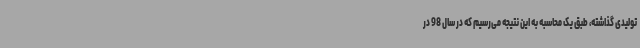
تولیدی گذاشته، طبق یک محاسبه به این نتیجه می‌رسیم که در سال 98 در